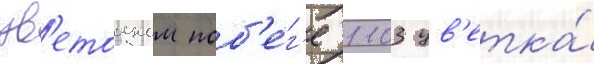
цв'етоносном поб'е́г'е 1103 цв'етка́